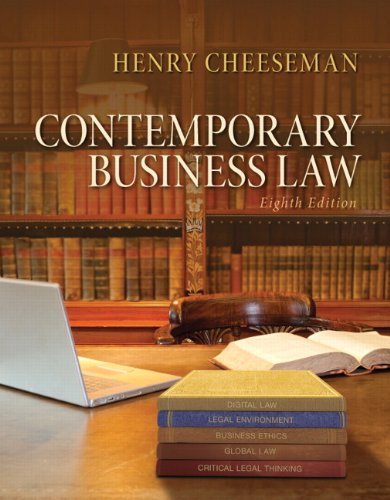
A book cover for Contemporary Business Law (8th Edition); Henry R. Cheeseman; Law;